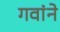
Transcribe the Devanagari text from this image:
गवांने